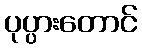
ပုပ္ပားတောင်